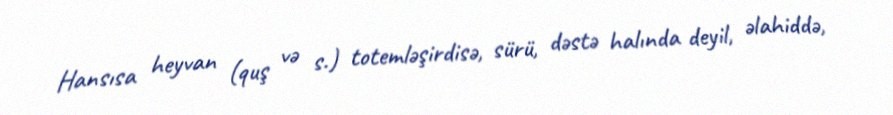
Hansısa heyvan (quş və s.) totemləşirdisə, sürü, dəstə halında deyil, əlahiddə,